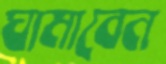
ঘামাবেন